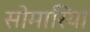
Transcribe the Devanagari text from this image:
सोमारिया